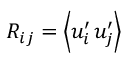
R _ { i j } = \left\langle { u _ { i } ^ { \prime } \, u _ { j } ^ { \prime } } \right\rangle